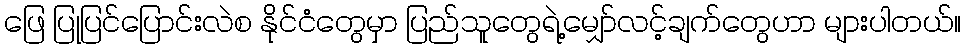
ဖြေ ပြုပြင်ပြောင်းလဲစ နိုင်ငံတွေမှာ ပြည်သူတွေရဲ့မျှော်လင့်ချက်တွေဟာ များပါတယ်။